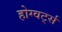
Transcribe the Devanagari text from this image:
होग्वर्ट्स